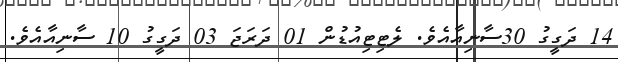
14 ދަގީގު 30ސާނިއާއެވެ. ލެޓިޓިއުޑުން 01 ދަރަޖަ 03 ދަގީގު 10 ސާނިއާއެވެ.